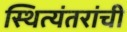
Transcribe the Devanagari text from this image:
स्थित्यंतरांची